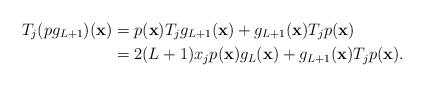
LaTeX: \begin{align*}T_{j}(pg_{L+1})(\mathbf{x})&=p(\mathbf{x})T_{j}g_{L+1}(\mathbf{x})+g_{L+1}(\mathbf{x})T_{j}p(\mathbf{x})\\&=2(L+1)x_jp(\mathbf{x})g_{L}(\mathbf{x})+g_{L+1}(\mathbf{x})T_{j}p(\mathbf{x}).\end{align*}